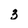
Character: 3